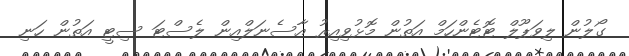
ގޯލުން ލިވަޕޫލް ޓޮޓެންހަމް އަތުން މޮޅުވިއިރު އާސެނަލްއިން ލެސްޓަ ސިޓީ އަތުން ހަނި